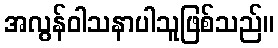
အလွန်ဝါသနာပါသူဖြစ်သည်။